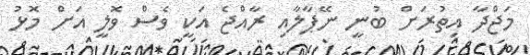
މަޖްދާ އިތުރަށް ބުނީ ނޭޕާލާއި ރާއްޖެ އަކީ ވެސް ވޮލީ އަށް މޮޅު